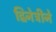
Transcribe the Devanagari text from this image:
द्विनेत्रीने